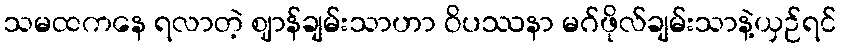
သမထကနေ ရလာတဲ့ ဈာန်ချမ်းသာဟာ ဝိပဿနာ မဂ်ဖိုလ်ချမ်းသာနဲ့ယှဉ်ရင်